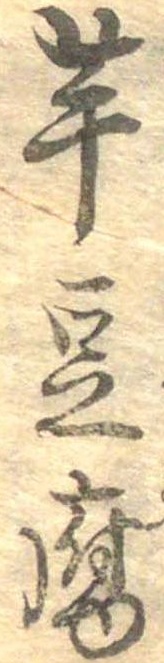
芋豆腐